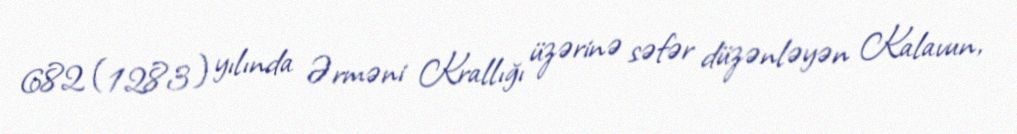
682 (1283) yılında Ərməni Krallığı üzərinə səfər düzənləyən Kalavun,